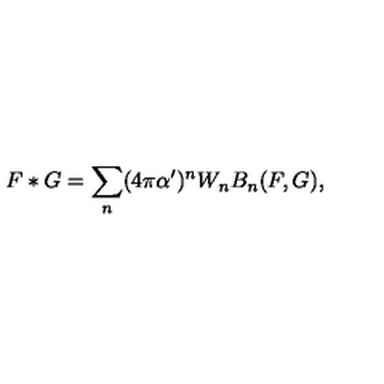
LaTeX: F * G = \sum _ { n } ( 4 \pi \alpha ^ { \prime } ) ^ { n } W _ { n } B _ { n } ( F , G ) ,